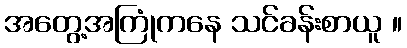
အတွေ့အကြုံကနေ သင်ခန်းစာယူ ။